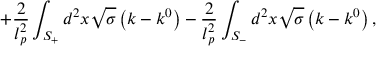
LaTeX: + \frac { 2 } { l _ { p } ^ { 2 } } \int _ { S _ { + } } ^ { { } } d ^ { 2 } x \sqrt { \sigma } \left( k - k ^ { 0 } \right) - \frac { 2 } { l _ { p } ^ { 2 } } \int _ { S _ { - } } d ^ { 2 } x \sqrt { \sigma } \left( k - k ^ { 0 } \right) ,